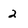
Character: 2